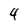
Character: 4